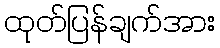
ထုတ်ပြန်ချက်အား